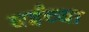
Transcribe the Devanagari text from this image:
घईच्या